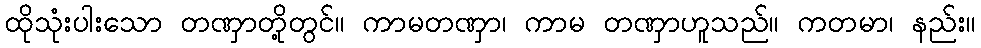
ထိုသုံးပါးသော တဏှာတို့တွင်။ ကာမတဏှာ၊ ကာမ တဏှာဟူသည်။ ကတမာ၊ နည်း။